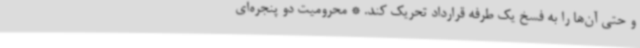
و حتی آن‌ها را به فسخ یک طرفه قرارداد تحریک کند. * محرومیت دو پنجره‌ای